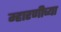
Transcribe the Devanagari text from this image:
म्हारणीच्या